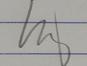
Signature authenticity: genuine